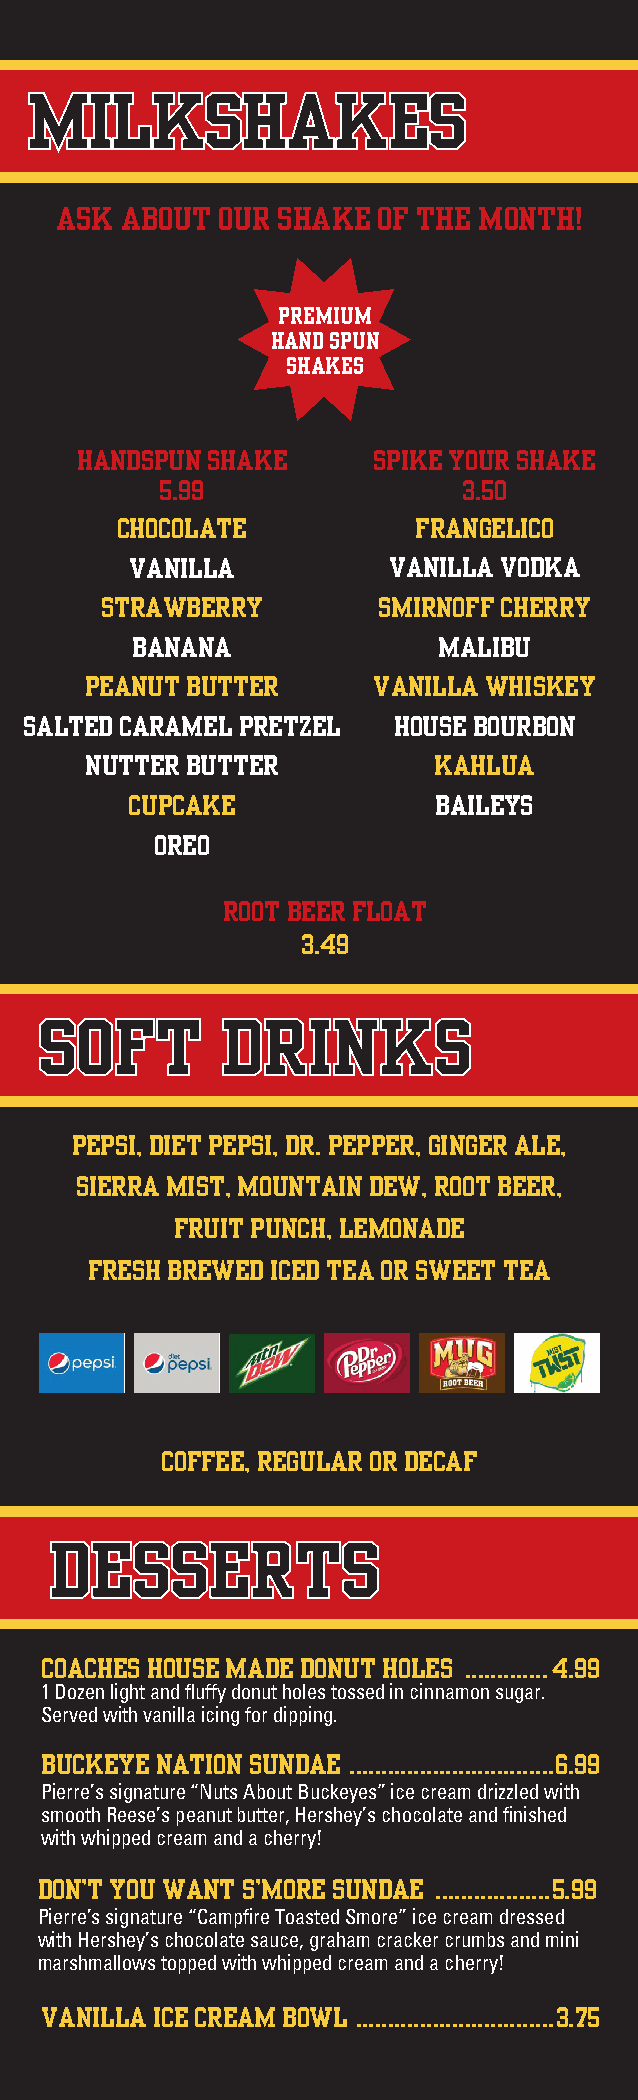
MilkShAkES
 ASk AboUt oUR ShAkE  of thE Month!
 PREMiUM
 hAnd SPUn
 ShAkES
 hAndSPUn ShAkE      SPikE yoUR ShAkE
 5.99                3.50
 chocolAtE          fRAnGElico
 vAnillA          vAnillA vodkA
 StRAWbERRy        SMiRnoff chERRy
 bAnAnA              MAlibU
 PEAnUt bUttER      vAnillA WhiSkEy
 SAltEd cARAMEl PREtZEl  hoUSE boURbon
 nUttER bUttER          kAhlUA
 cUPcAkE              bAilEyS
 oREo
 Root bEER floAt
 3.49
 Soft        dRinkS
 PEPSi, diEt PEPSi, dR. PEPPER, GinGER AlE,
 SiERRA MiSt, MoUntAin dEW, Root bEER,
 fRUit PUnch, lEMonAdE
 fRESh bREWEd icEd tEA oR SWEEt tEA
 coffEE, REGUlAR oR dEcAf
 dESSERtS
 coAchES hoUSE MAdE donUt holES .............4.99
 1 Dozen light and fluffy donut holes tossed in cinnamon sugar.
 Served with vanilla icing for dipping.
 bUckEyE nAtion SUndAE ................................6.99
 Pierre’s signature “Nuts About Buckeyes” ice cream drizzled with
 smooth Reese’s peanut butter, Hershey’s chocolate and finished
 with whipped cream and a cherry!
 don’t yoU WAnt S’MoRE SUndAE ..................5.99
 Pierre’s signature “Campfire Toasted Smore” ice cream dressed
 with Hershey’s chocolate sauce, graham cracker crumbs and mini
 marshmallows topped with whipped cream and a cherry!
 vAnillA icE cREAM boWl ...............................3.75